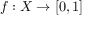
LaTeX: f : X \to [ 0 , 1 ]